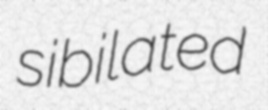
sibilated